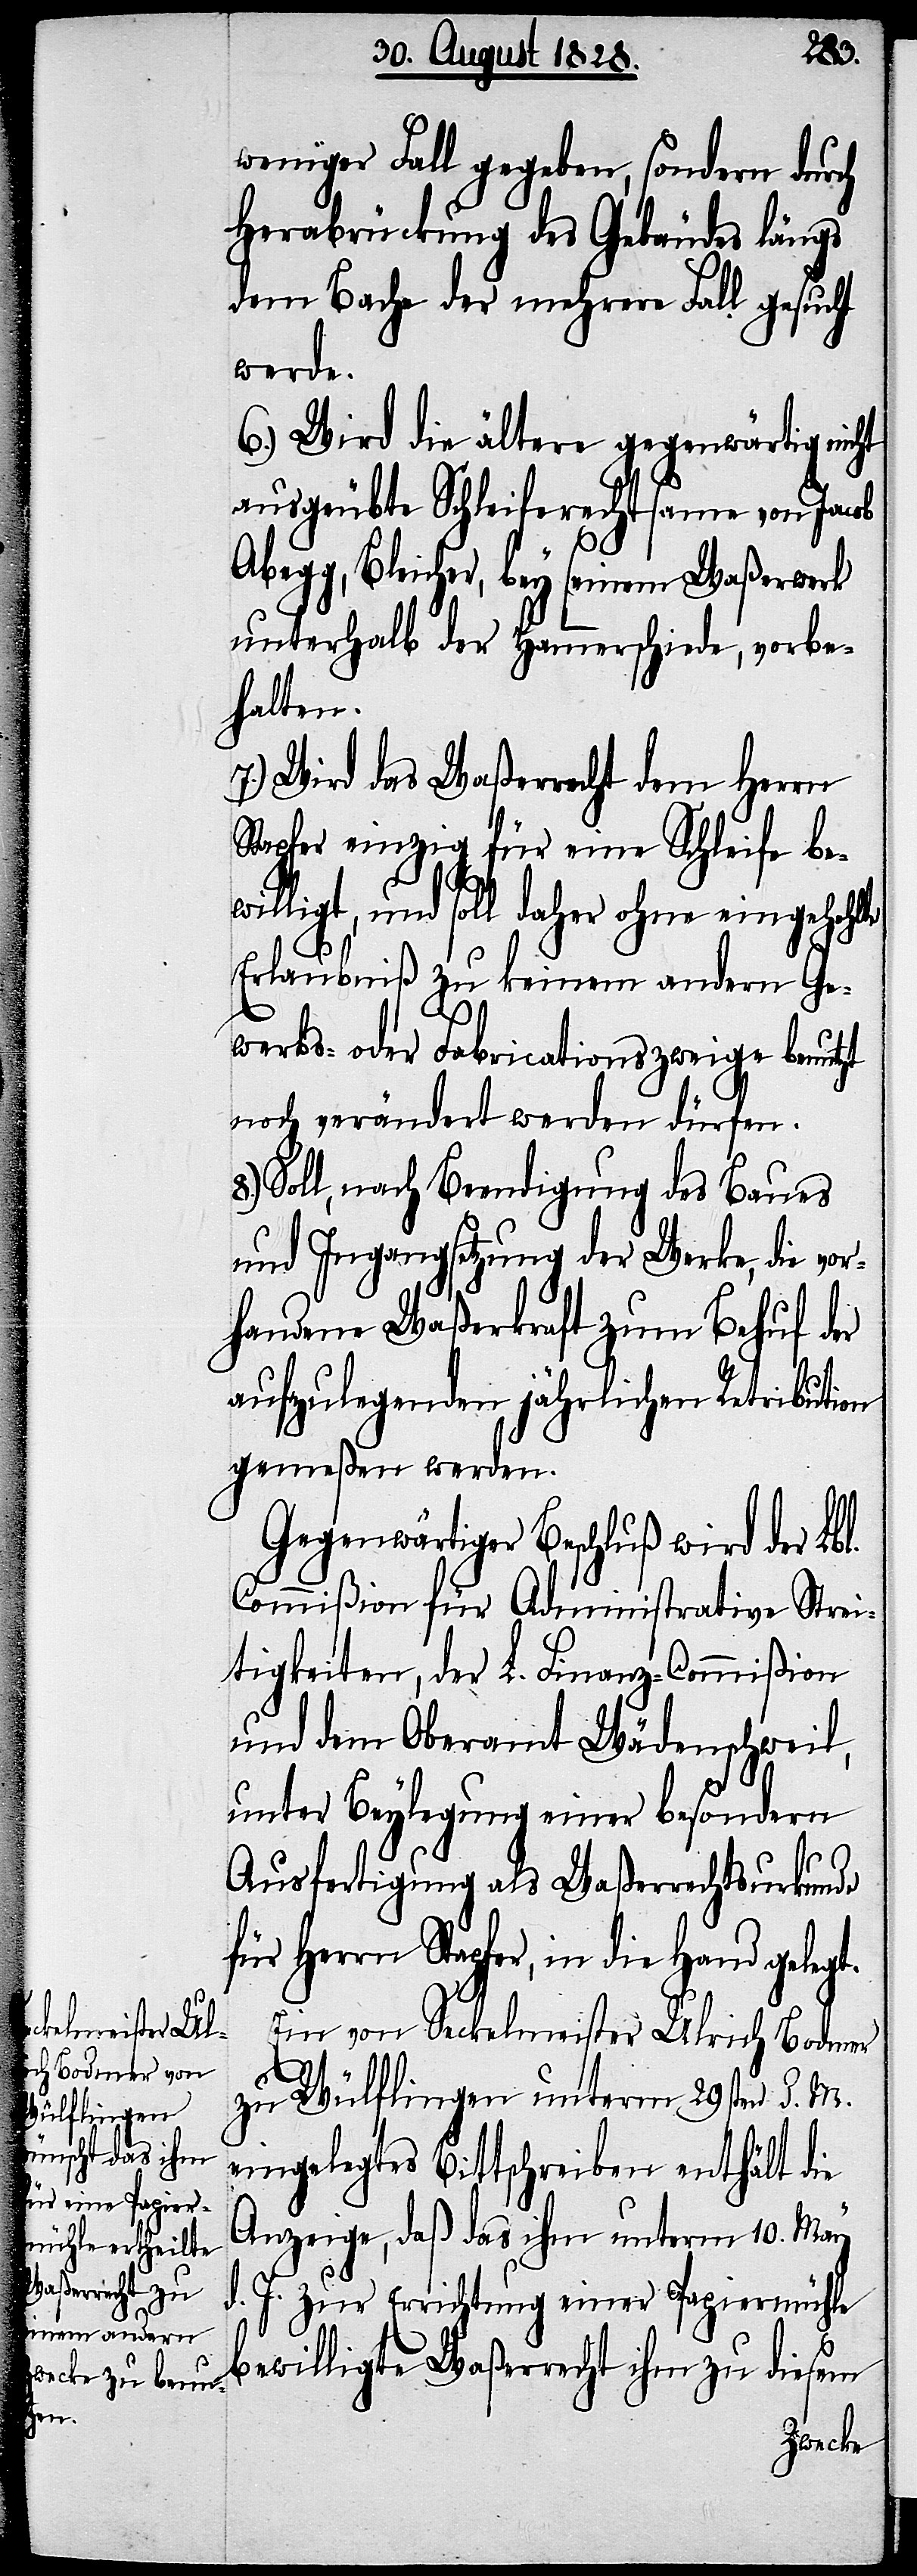
weniger Fall gegeben, sondern durch
Herabrückung des Gebäudes längs
dem Bache der mehrere Fall gesucht
werde.
6.) Wird die ältere gegenwärtig nicht
ausgeübte Schleiferrechtsame von Jacob
Abegg, Bleicher, bey seinem Waßerwerk
unterhalb der Hammerschmiede, vorbe¬
halten.
7.) Wird das Waßerrecht dem Herrn
Stapfer einzig für eine Schleife be¬
willigt, und soll daher ohne eingehohlte
Erlaubniß zu keinem andern Ge¬
werbs- oder Fabricationszweige benutzt
noch verändert werden dürfen.
Soll, nach Beendigung des Baues
und Ingangsetzung der Werke, die vor¬
handene Waßerkraft zum Behuf der
aufzulegenden jährlichen Retribution
gemeßen werden.
Gegenwärtiger Beschluß wird der Lbl.
Commißion für Administrative Strei¬
tigkeiten, der L. Finanz-Commißion
und dem Oberamt Wädenschweil,
unter Beylegung einer besondern
Ausfertigung als Waßerrechtsurkunde
für Herrn Stapfer, in die Hand gelegt.
Ein von Seckelmeister Ulrich Bodmer
8.)
Wülflingen unterm 29sten d. M.
zu
eingelegtes Bittschreiben enthält die
Anzeige, daß das ihm unterm 10. May
d. J. zur Errichtung einer Papiermühle
bewilligte Waßerrecht ihm zu diesem